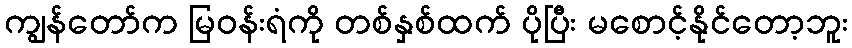
ကျွန်တော်က မြဝန်းရံကို တစ်နှစ်ထက် ပိုပြီး မစောင့်နိုင်တော့ဘူး